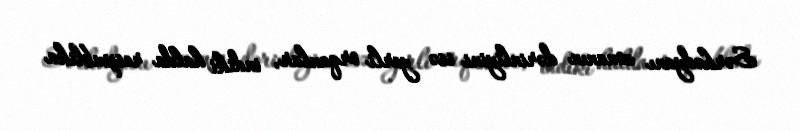
Sərhədyanı zonanın dərinliyini isə yerli orqanlar, indiki halda respublika